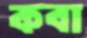
কবা